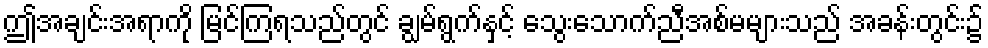
ဤအချင်းအရာကို မြင်ကြရသည်တွင် ချွမ်ရွက်နှင့် သွေးသောက်ညီအစ်မများသည် အခန်းတွင်း၌